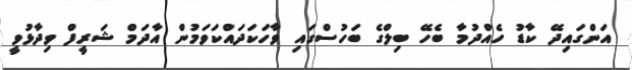
އަންގައިދޭ ކާޑު ހެއްދުމާ ބެހޭ ބިލްގެ ބަހުސްގައި ވާހަކަދައްކަވަމުން އާދަމް ޝަރީފް ވިދާޅުވީ